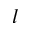
l